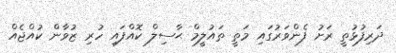
ދަރިފުޅުތީ ރަށު ފެންވަރުގައި މަތީ ތައުލީމް ޙާސިލް ކޮއްފައި ހުރި ޒުވާން ކުއްޖެއް